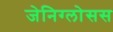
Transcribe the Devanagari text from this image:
जेनिग्लोसस